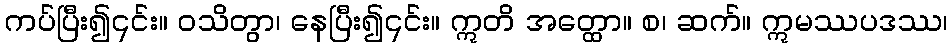
ကပ်ပြီး၍၎င်း။ ဝသိတွာ၊ နေပြီး၍၎င်း။ ဣတိ အတ္ထော။ စ၊ ဆက်။ ဣမဿပဒဿ၊